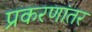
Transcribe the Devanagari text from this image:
प्रकरणांतर